Subject: cs
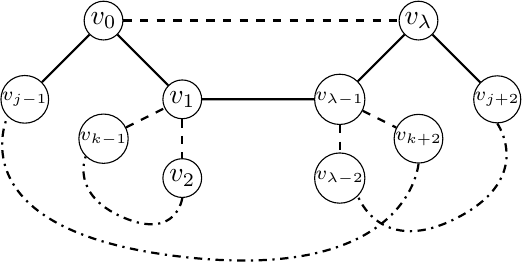
LaTeX code:
    \begin{tikzpicture}
        \node[draw, circle, inner sep=0pt, minimum size=14pt] (v0) at (0,0) {$v_0$};
        \node[draw, circle, inner sep=0pt, minimum size=14pt] (v1) at (1,-1) {$v_1$};
        \node[draw, circle, inner sep=0pt, minimum size=14pt] (v2) at (1,-2) {$v_2$};
        \node[draw, circle, inner sep=0pt, minimum size=14pt] (vj1) at (-1,-1) {\scriptsize $v_{j-1}$};
        \node[draw, circle, inner sep=0pt, minimum size=14pt] (vj2) at (5,-1) {\scriptsize $v_{j+2}$};
        \node[draw, circle, inner sep=0pt, minimum size=14pt] (vl0) at (4,0) {$v_\lambda$};
        \node[draw, circle, inner sep=0pt, minimum size=14pt] (vl1) at (3,-1) {\scriptsize $v_{\lambda-1}$};
        \node[draw, circle, inner sep=0pt, minimum size=14pt] (vl2) at (3,-2) {\scriptsize $v_{\lambda-2}$};

        \node[draw, circle, inner sep=0pt, minimum size=14pt] (vk1) at (0,-1.5)
            {\scriptsize $v_{k-1}$};
        \node[draw, circle, inner sep=0pt, minimum size=14pt] (vk2) at (4,-1.5)
            {\scriptsize $v_{k+2}$};

        \draw[thick] (v0)--(v1) (v0) -- (vj1) (vl0)--(vl1) (vl0) -- (vj2) (v0)
            edge[dashed] (vl0) (v1) edge[dashed] (v2) (vl1) edge[dashed] (vl2)
            (vk1) edge[dashed] (v1) (v1) -- (vl1) (vl1) edge[dashed] (vk2);
        \draw[thick,dashdotted] plot [smooth, tension=2] coordinates {
            (v2.south) (0.25,-2.5) (vk1.south west) };
        \draw[thick,dashdotted] plot [smooth, tension=2] coordinates {
            (vk2.south) (1,-3) (vj1.south west) };
        \draw[thick,dashdotted] plot [smooth, tension=2] coordinates {
            (vj2.south) (4.5,-2.5) (vl2.south east) };
    \end{tikzpicture}